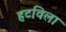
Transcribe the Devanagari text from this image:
हटविला